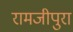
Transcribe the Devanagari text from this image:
रामजीपुरा